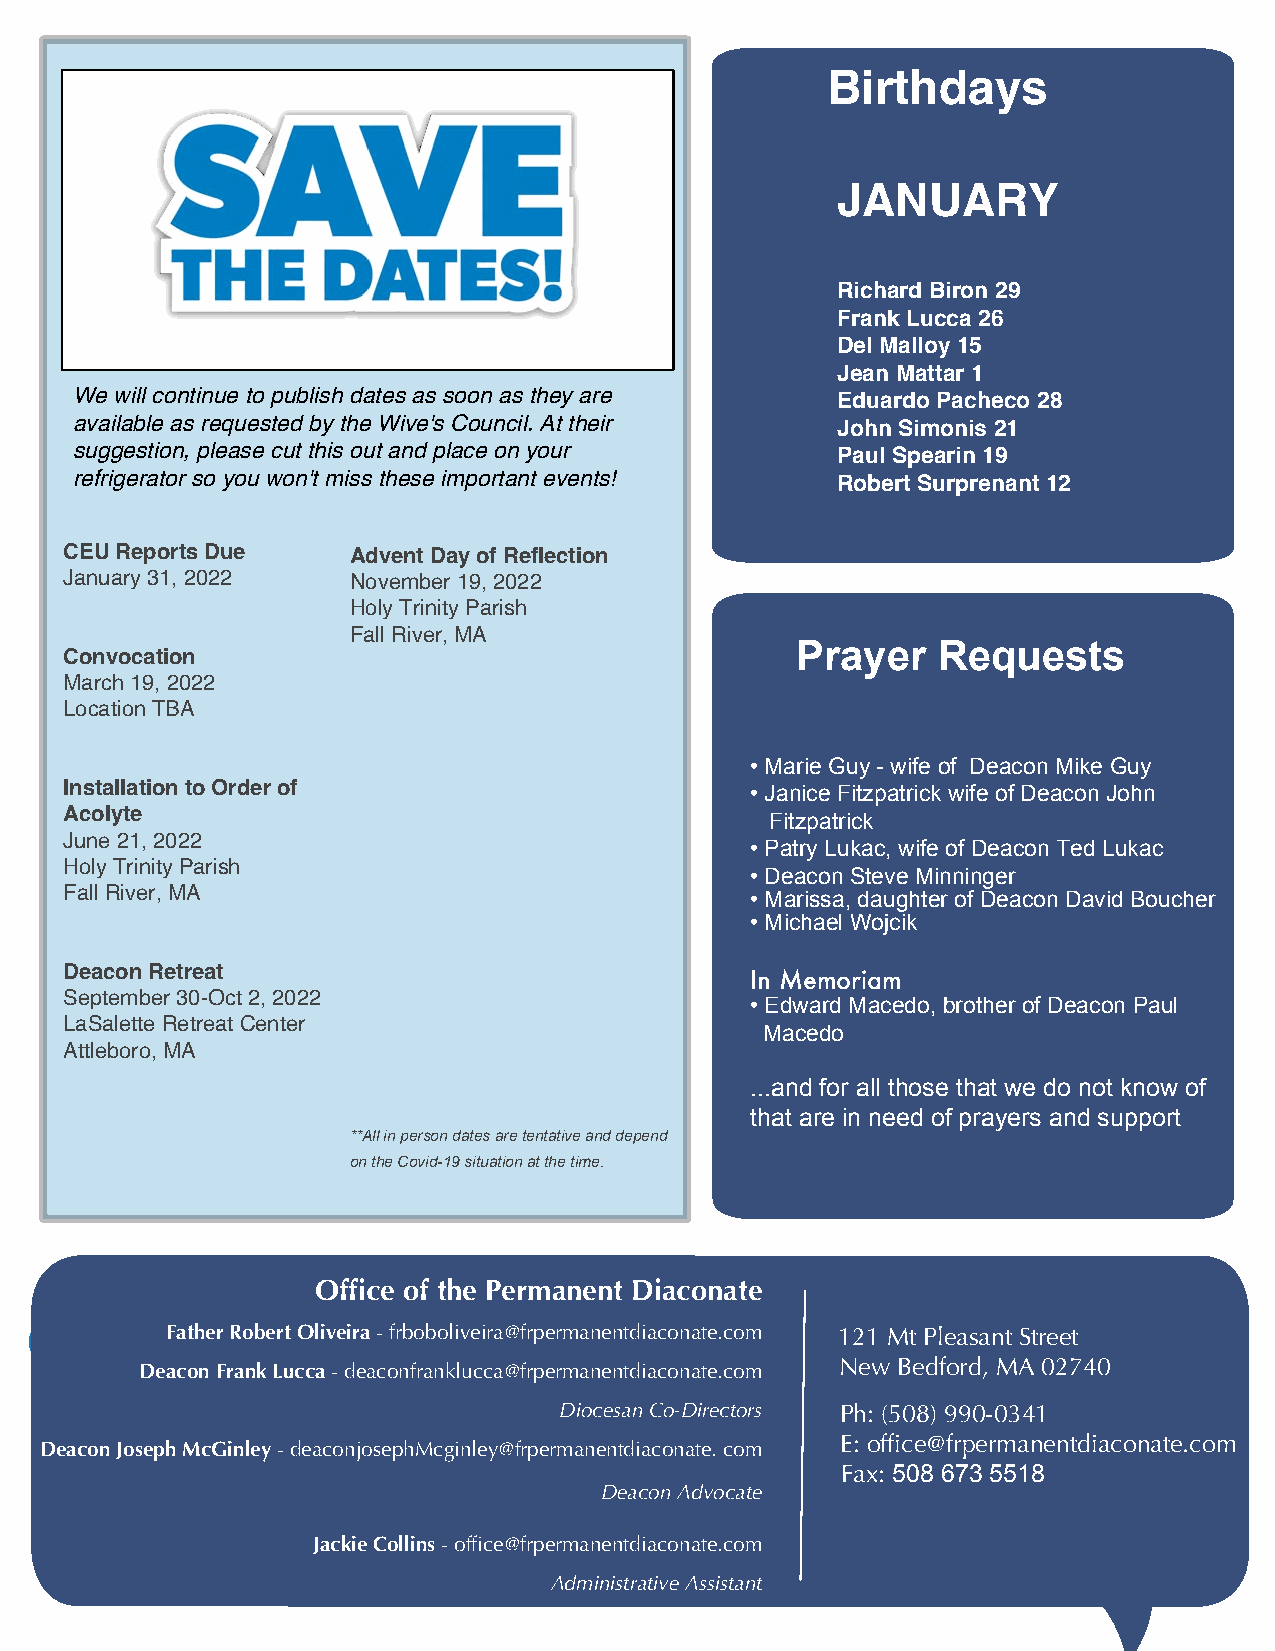
Birthdays
 JANUARY
 Richard Biron 29
 Frank Lucca 26
 Del Malloy 15
 Jean Mattar 1
 We will continue to publish dates as soon as they are Eduardo Pacheco 28
 available as requested by the Wive's Council. At their John Simonis 21
 suggestion, please cut this out and place on your Paul Spearin 19
 refrigerator so you won't miss these important events! Robert Surprenant 12
 CEUReportsDue      AdventDayofReflection
 January31,2022     November19,2022
 HolyTrinityParish
 FallRiver,MA
 Prayer   Requests
 Convocation
 March19,2022
 LocationTBA
 • Marie Guy - wife of Deacon Mike Guy
 InstallationtoOrderof                         • Janice Fitzpatrick wife of Deacon John
 Acolyte                                        Fitzpatrick
 June21,2022
 • Patry Lukac, wife of Deacon Ted Lukac
 HolyTrinityParish
 • Deacon Steve Minninger
 FallRiver,MA                                  • Marissa, daughter of Deacon David Boucher
 • Michael Wojcik
 DeaconRetreat
 In Memoriam
 September30-Oct2,2022
 • Edward Macedo, brother of Deacon Paul
 LaSaletteRetreatCenter
 Macedo
 Attleboro,MA
 ...and for all those that we do not know of
 that are in need of prayers and support
 **Allinpersondatesaretentativeanddepend
 ontheCovid-19situationatthetime.
 Office of the Permanent Diaconate
 CALENFaDtherARoRbertOUlivPeirDa-fArbobToliEveirSa@frpermanentdiaconate.com 121 Mt Pleasant Street
 DeaconFrankLucca-deaconfranklucca@frpermanentdiaconate.com New Bedford, MA 02740
 DiocesanCo-Directors Ph: (508) 990-0341
 E: office@frpermanentdiaconate.com
 DeaconJosephMcGinley-deaconjosephMcginley@frpermanentdiaconate.com
 Fax: 508 673 5518
 DeaconAdvocate
 JackieCollins-office@frpermanentdiaconate.com
 AdministrativeAssistant